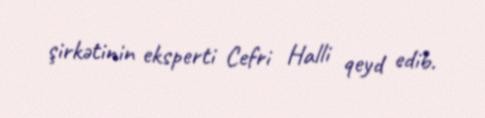
şirkətinin eksperti Cefri Halli qeyd edib.